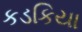
કડકિયા